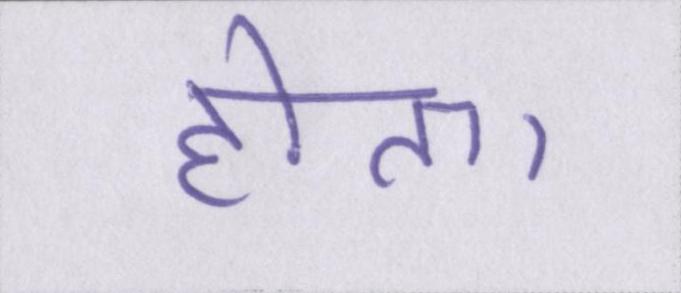
होता।